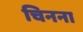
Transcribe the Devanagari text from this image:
चिनना